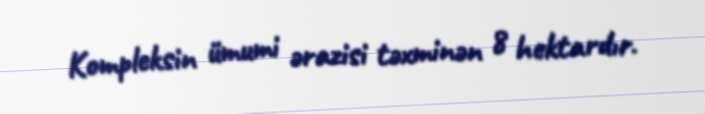
Kompleksin ümumi ərazisi təxminən 8 hektardır.